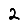
Digit: 2